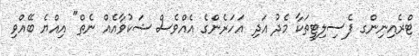
ޓްރެއިނިންގ ފެސިލިޓީތަކާ މެދު އަދި އަހަރެންގެ އެއްވެސް ޝަކުވާއެއް ނެތް" އިއްޔެ ބޭއްވި